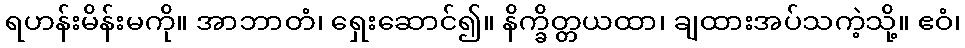
ရဟန်းမိန်းမကို။ အာဘာတံ၊ ရှေးဆောင်၍။ နိက္ခိတ္တယထာ၊ ချထားအပ်သကဲ့သို့။ ဧဝံ၊